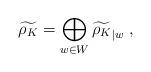
LaTeX: \begin{align*}\widetilde{\rho_{K}}=\bigoplus_{w\in W}\widetilde{\rho_{K}}_{|w}\;,\end{align*}